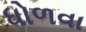
ધોળવા